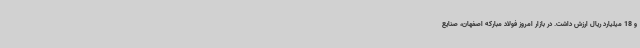
و 18 میلیارد ریال ارزش داشت. در بازار امروز فولاد مبارکه اصفهان، صنایع